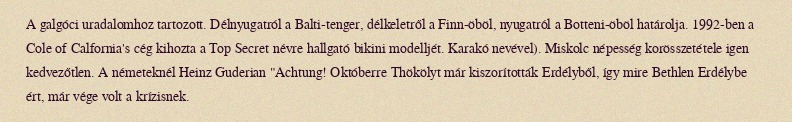
A galgóci uradalomhoz tartozott. Délnyugatról a Balti-tenger, délkeletről a Finn-öböl, nyugatról a Botteni-öböl határolja. 1992-ben a Cole of Calfornia's cég kihozta a Top Secret névre hallgató bikini modelljét. Karakó nevével). Miskolc népesség korösszetétele igen kedvezőtlen. A németeknél Heinz Guderian "Achtung! Októberre Thökölyt már kiszorították Erdélyből, így mire Bethlen Erdélybe ért, már vége volt a krízisnek.